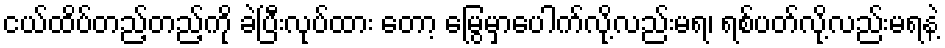
ငယ်ထိပ်တည့်တည့်ကို ခဲပြီးလုပ်ထား တော့ မြွေမှာပေါက်လို့လည်းမရ၊ ရစ်ပတ်လို့လည်းမရနဲ့